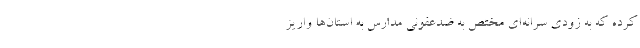
کرده که به زودی سرانه‌ای مختص به ضدعفونی مدارس به استان‌ها واریز